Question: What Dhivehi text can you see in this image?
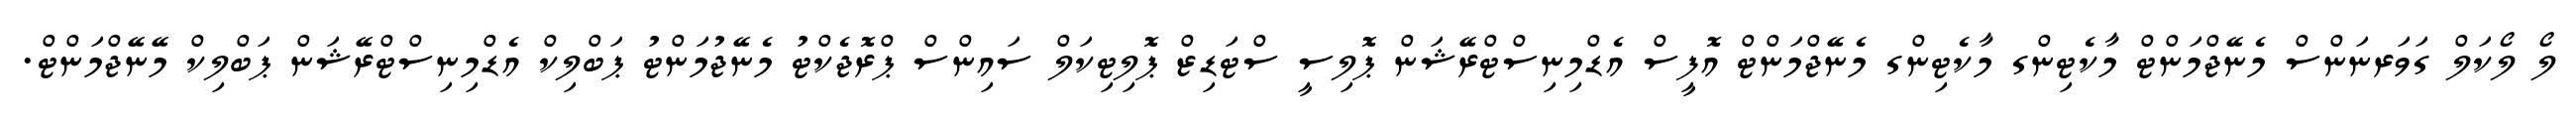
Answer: ލޯ ލޯކަލް ގަވަރނަންސް މެނޭޖްމަންޓް މާކެޓިންގ މާކެޓިންގ މެނޭޖްމަންޓް އޮފީސް އެޑްމިނިސްޓްރޭޝަން ޕޮލިސީ ސްޓަޑިޒް ޕޮލިޓިކަލް ސައިންސް ޕްރޮޖެކްޓު މެނޭޖުމަންޓު ޕަބްލިކް އެޑްމިނިސްޓްރޭޝަން ޕަބްލިކް މޭނޭޖްމަންޓް.